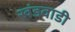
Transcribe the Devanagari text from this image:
खंडवाडी